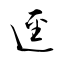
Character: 逕